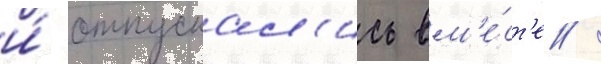
и́ отпускал'ись вм'е́ст'е /